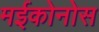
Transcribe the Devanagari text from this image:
मईकोनोस